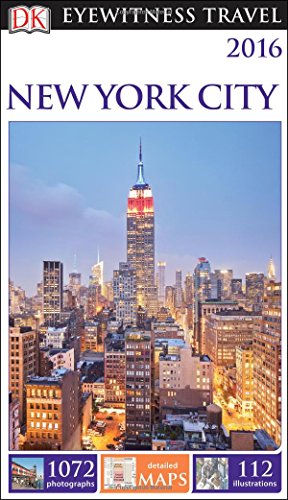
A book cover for DK Eyewitness Travel Guide: New York City; DK Publishing; Travel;